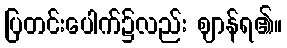
ပြတင်းပေါက်၌လည်း ဈာန်ရ၏။